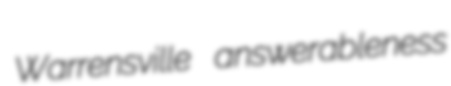
Warrensville answerableness